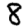
Digit: 8